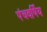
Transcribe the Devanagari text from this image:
पंचवर्षिय